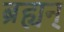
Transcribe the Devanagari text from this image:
ब्रह्यन्‌